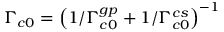
\Gamma _ { c 0 } = \left( 1 / \Gamma _ { c 0 } ^ { g p } + 1 / \Gamma _ { c 0 } ^ { c s } \right) ^ { - 1 }